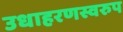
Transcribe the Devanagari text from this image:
उधाहरणस्वरुप